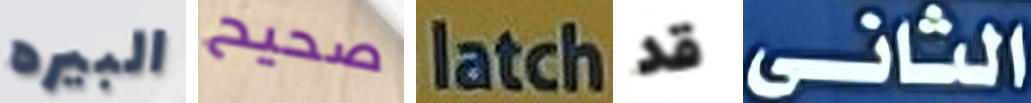
البيره صحيح latch قد الثانى